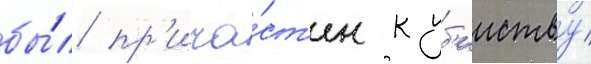
бы́л пр'ича́ст'ен к уб'ииству